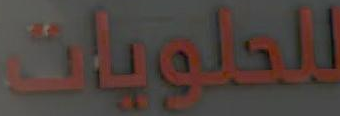
للعلميات